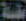
عقة